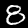
Digit: 8